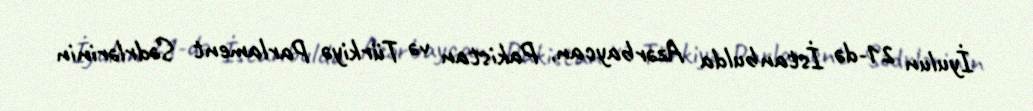
İyulun 21-də İstanbulda Azərbaycan, Pakistan və Türkiyə Parlament Sədrlərinin